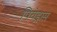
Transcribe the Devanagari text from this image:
पियेड्रास